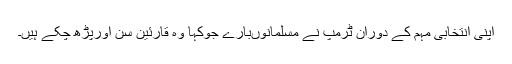
اپنی انتخابی مہم کے دوران ٹرمپ نے مسلمانوںبارے جوکہا وہ قارئین سن اورپڑھ چکے ہیں۔